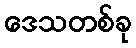
ဒေသတစ်ခု